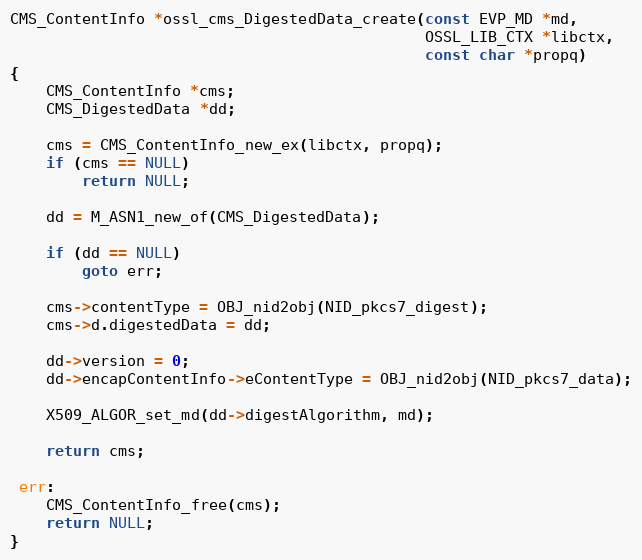
Language: C
CMS_ContentInfo *ossl_cms_DigestedData_create(const EVP_MD *md,
                                              OSSL_LIB_CTX *libctx,
                                              const char *propq)
{
    CMS_ContentInfo *cms;
    CMS_DigestedData *dd;

    cms = CMS_ContentInfo_new_ex(libctx, propq);
    if (cms == NULL)
        return NULL;

    dd = M_ASN1_new_of(CMS_DigestedData);

    if (dd == NULL)
        goto err;

    cms->contentType = OBJ_nid2obj(NID_pkcs7_digest);
    cms->d.digestedData = dd;

    dd->version = 0;
    dd->encapContentInfo->eContentType = OBJ_nid2obj(NID_pkcs7_data);

    X509_ALGOR_set_md(dd->digestAlgorithm, md);

    return cms;

 err:
    CMS_ContentInfo_free(cms);
    return NULL;
}